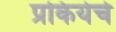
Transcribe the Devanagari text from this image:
प्रकियेचे